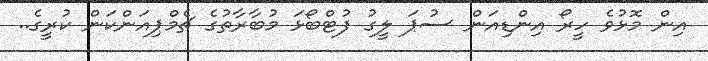
އިން މޮޅުވެ ހީރޯ އިންޑިއަން ސުޕަ ލީގު ފުޓްބޯޅަ މުބާރާތުގެ ޗެމްޕިއަންކަން ކުރީގެ..